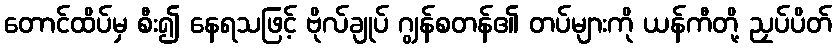
တောင်ထိပ်မှ စီး၍ နေရသဖြင့် ဗိုလ်ချုပ် ဂျွန်စတန်၏ တပ်များကို ယန်ကီတို့ ညှပ်ပိတ်